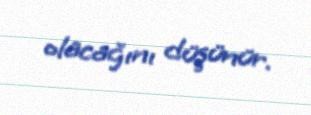
olacağını düşünür.